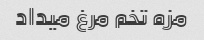
مزه تخم مرغ میداد